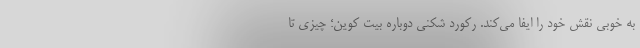
به خوبی نقش خود را ایفا می‌کند. رکورد شکنی دوباره بیت کوین؛ چیزی تا